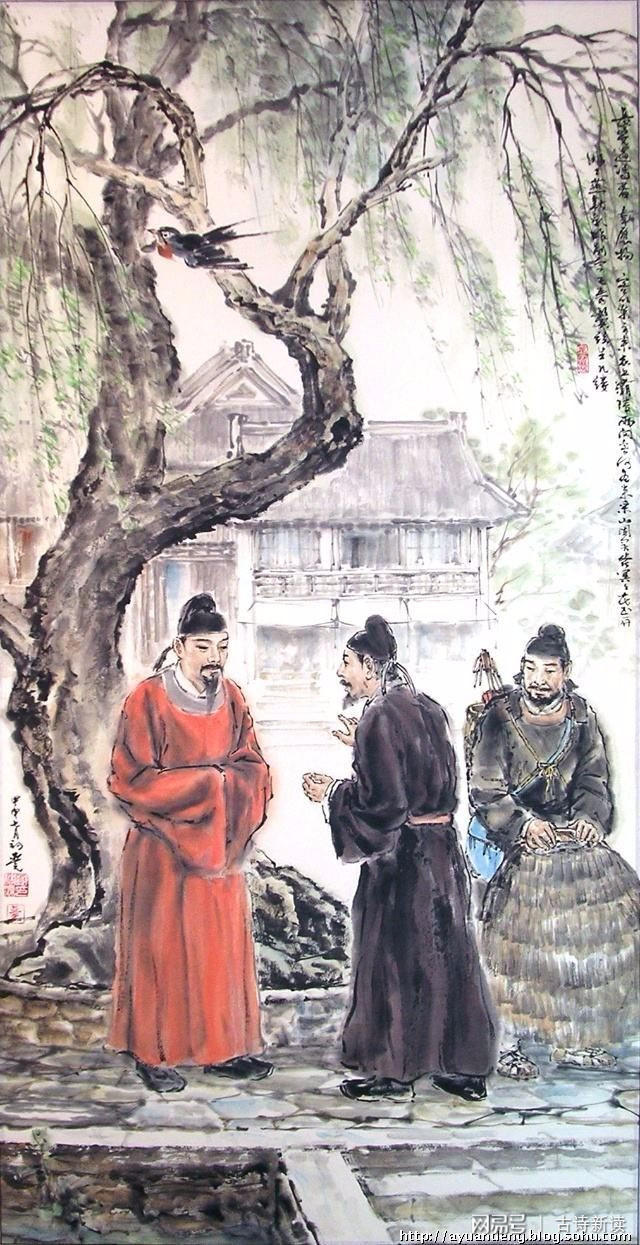
昨别今已春，鬓丝生几缕。